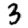
Digit: 3